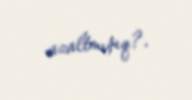
azaltmışıq?.